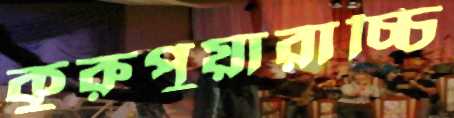
কুরুপুয়ারাচ্চি